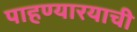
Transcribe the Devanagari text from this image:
पाहण्यारयाची